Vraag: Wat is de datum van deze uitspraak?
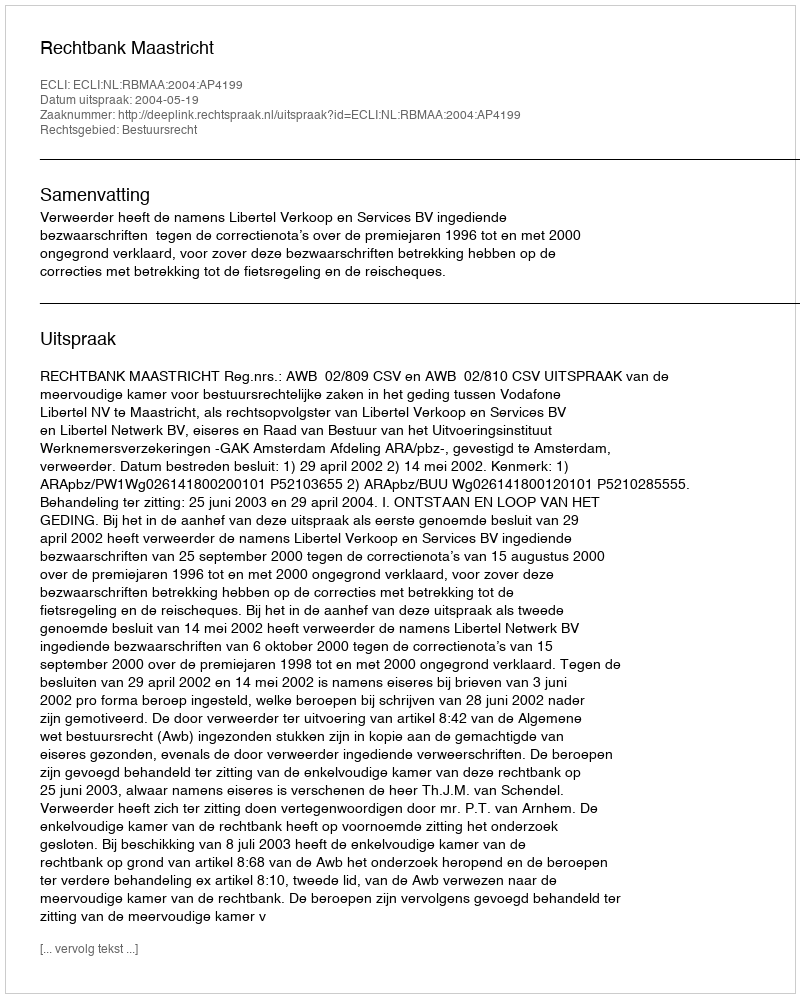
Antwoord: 2004-05-19